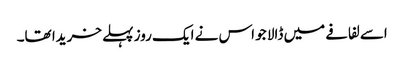
اسے لفافے میں ڈالا جو اس نے ایک روز پہلے خریدا تھا۔